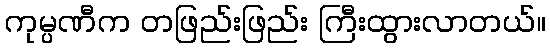
ကုမ္ပဏီက တဖြည်းဖြည်း ကြီးထွားလာတယ်။